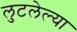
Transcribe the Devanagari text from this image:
लुटलेल्या